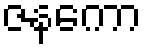
ဇနကော